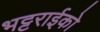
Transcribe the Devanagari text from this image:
भट्टराईको